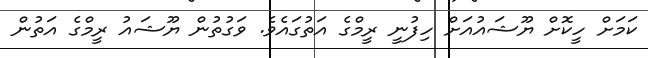
ކަމަށް ހީކޮށް ޔޫޝައުއަށް ހިފުނީ ރީމްގެ އަތުގައެވެ. ވަގުތުން ޔޫޝައު ރީމްގެ އަތުން